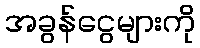
အခွန်ငွေများကို